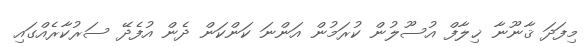
މިފަދަ ޤާނޫނާ ޚިލާފް އުސޫލުން ކުރަމުން އަންނަ ކަންކަން ދެން އުފެދޭ ސަރުކާރެއްގައި